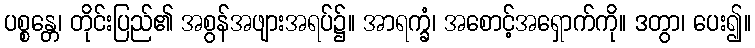
ပစ္စန္တေ၊ တိုင်းပြည်၏ အစွန်အဖျားအရပ်၌။ အာရက္ခံ၊ အစောင့်အရှောက်ကို။ ဒတွာ၊ ပေး၍။